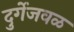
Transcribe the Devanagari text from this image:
दुर्गेजवळ